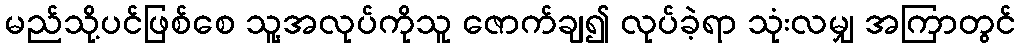
မည်သို့ပင်ဖြစ်စေ သူ့အလုပ်ကိုသူ ဇောက်ချ၍ လုပ်ခဲ့ရာ သုံးလမျှ အကြာတွင်